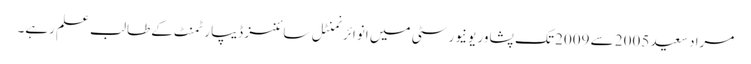
مراد سعید 2005 سے 2009 تک پشاور یونیورسٹی میں انوائرنمنٹل سائنسز ڈیپارٹمنٹ کے طالب علم رہے۔